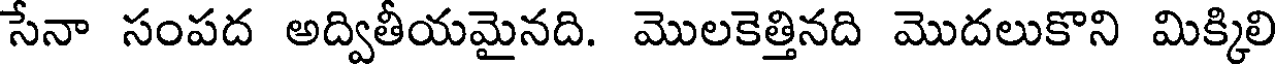
సేనా సంపద అద్వితీయమైనది. మొలకెత్తినది మొదలుకొని మిక్కిలి